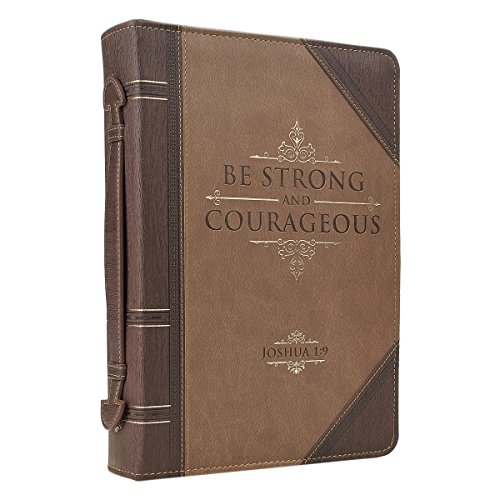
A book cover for Antique Book "Be Strong & Courageous" Bible / Book Cover - Joshua 1:9 (Large); Christian Art Gifts; Christian Books & Bibles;